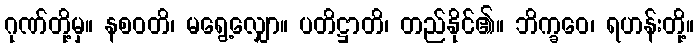
ဂုဏ်တို့မှ။ နစဝတိ၊ မရွေ့လျှော။ ပတိဋ္ဌာတိ၊ တည်နိုင်၏။ ဘိက္ခဝေ၊ ရဟန်းတို့။